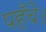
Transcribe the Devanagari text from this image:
पहँचे।